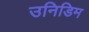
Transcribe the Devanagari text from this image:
उनिडिम